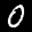
Label: 0